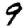
Digit: 9